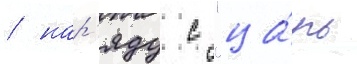
/ нар'яду с "ца́рь